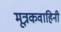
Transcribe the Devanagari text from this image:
मूत्रकवाहिनी